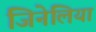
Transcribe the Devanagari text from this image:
जिनेलिया